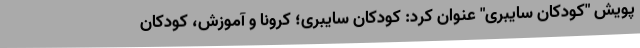
پویش "کودکان سایبری" عنوان کرد: کودکان سایبری؛ کرونا و آموزش، کودکان